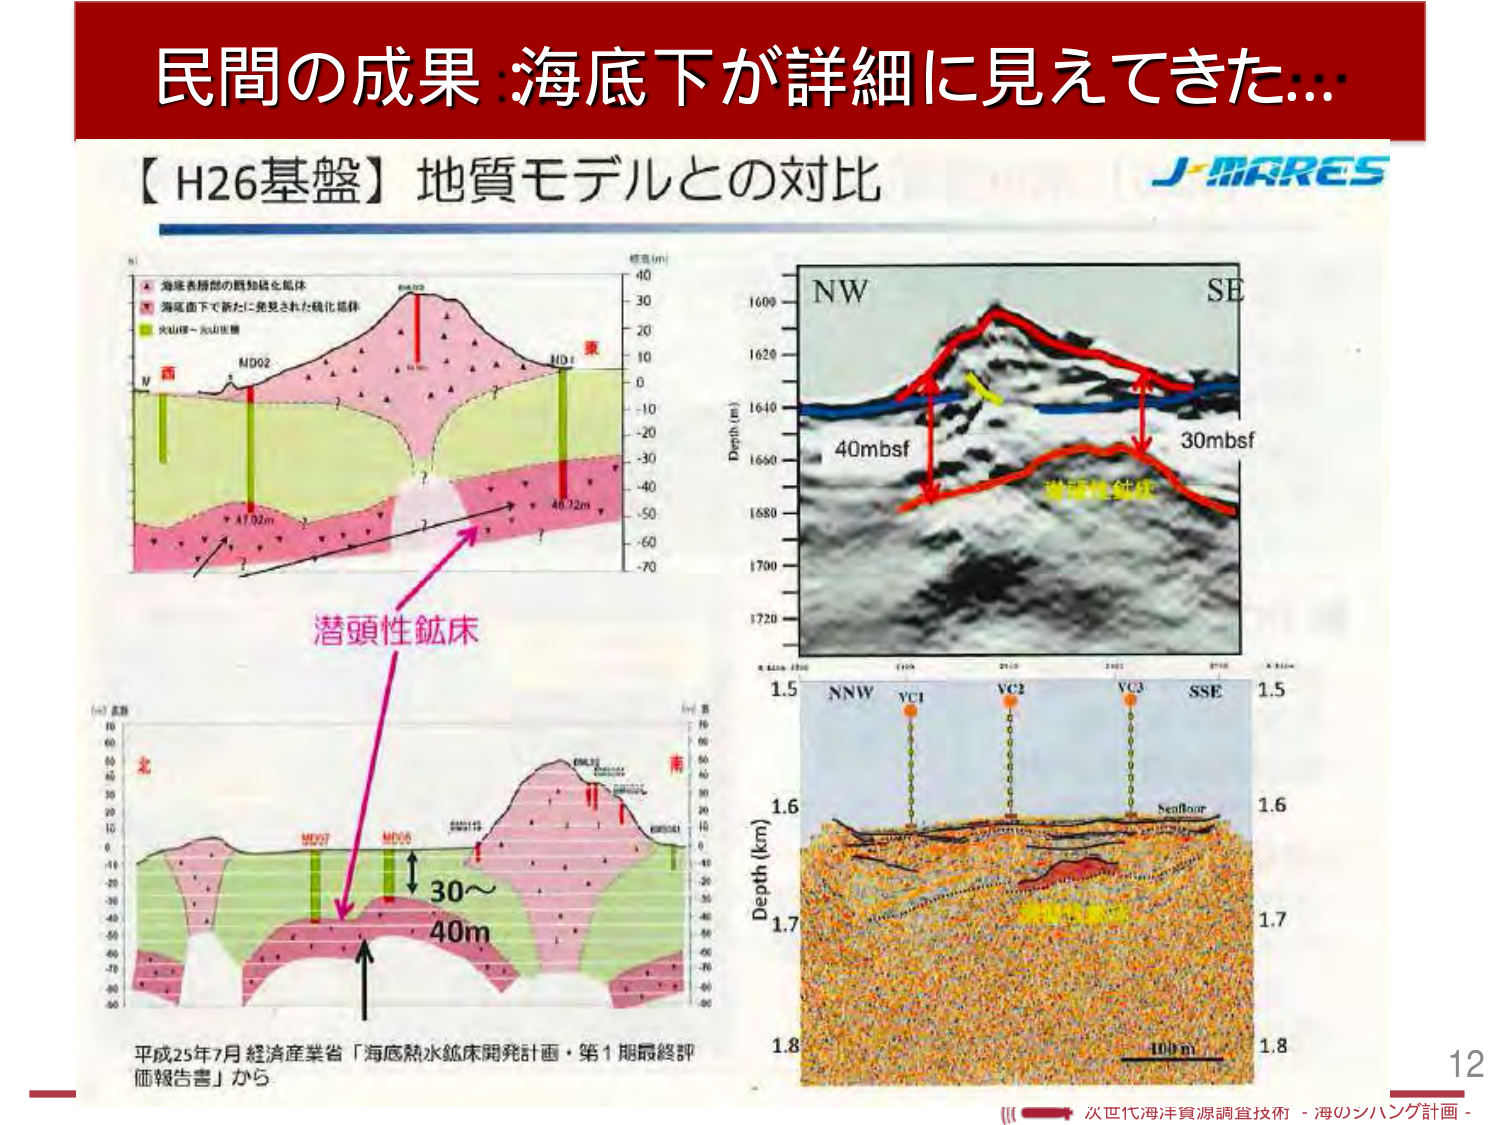
民間の成果：海底下が詳細に見えてきた…

【H26基盤】地質モデルとの対比

J-MARES

(a) 西
MD02
MD1
東
海床表層部の既知鉱化鉱体
海底面下で新たに発見された鉱化鉱体
火山体～火山堆積
41.02m
46.02m
標高(m)
-40
-30
-20
-10
0
10
20
30
40

(b) 北
MD07
MD06
南
30～
40m
標高(m)
-60
-50
-40
-30
-20
-10
0
10
20
30
40
50
60
70
80

潜頭性鉱床

NW
SE
Depth (m)
1600
1620
1640
1660
1680
1700
1720
40mbsf
30mbsf
潜頭性鉱床

NNW
VC1
VC2
VC3
SSE
Depth (km)
1.5
1.6
1.7
1.8
1.5
1.6
1.7
1.8
SeaFloor
100 m

平成25年7月 経済産業省「海底熱水鉱床開発計画・第1期最終評価報告書」から

12

次世代海洋資源調査技術 - 海のシハング計画 -